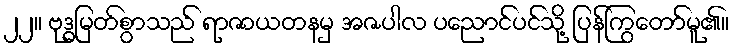
၂၂။ ဗုဒ္ဓမြတ်စွာသည် ရာဇာယတနမှ အဇပါလ ပညောင်ပင်သို့ ပြန်ကြွတော်မူ၏။